Mental hospitals Bombay report 1921-28 - 1921-1928
Year: 1921
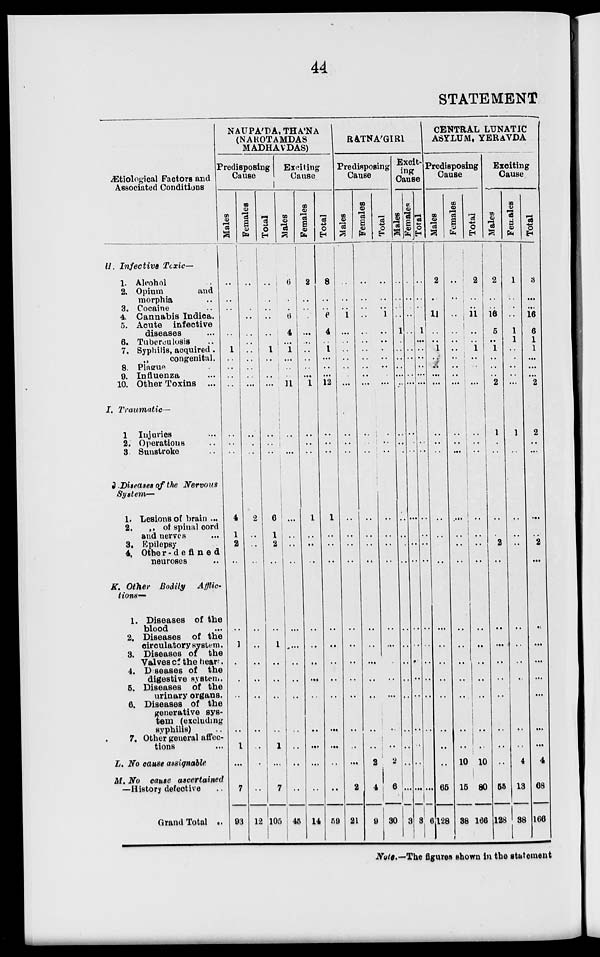
44
STATEMENT
Ætiological Factors and
Associated Conditions
H. Infective Toxic—
1. Alcohol ..
2. Opium
and
morphia ..
3. Cocaine ..
4. Cannabis Indica.
5. Acute infective
diseases ..
6. Tuberculosis ..
7. Syphilis, acquired.
„
congenital.
8. Plague ..
9. Influenza ..
10. Other Toxins ..
I. Traumatic—
1. Injuries ..
2. Operations ..
3. Sunstroke ..
J .Diseases of the Nervous
System—
1. Lesions of brain ..
2. „ of spinal cord
and nerves ..
3. Epilepsy ..
4. Other-defined
neuroses ..
K. Other Bodily
Afflic-
tions—
1. Diseases of the
blood ..
2. Diseases of the
circulatory system.
3. Diseases of the
Valves of the hear.
4. Diseases of the
digestive system.
5. Diseases of the
urinary organs.
6. Diseases of the
generative sys-
tem (excluding
syphilis) ..
7. Other general affec-
tions ..
L. No cause assignable
M. No cause ascertained
—History defective ..
Grand Total ..
NAUPA'DA, THA'NA
(NAROTAMDAS
MADHAVDAS)
Predisposing
Cause
Males
..
..
..
..
..
..
1
..
..
..
..
..
..
..
..
4
1
2
..
..
1
..
..
..
..
1
..
7
93
Females
..
..
..
..
..
..
..
..
..
..
..
..
..
..
..
2
..
..
..
..
..
..
..
..
..
..
..
..
12
Total
..
..
..
..
..
..
1
..
..
..
..
..
..
..
..
6
1
2
..
..
1
..
..
..
..
1
..
7
105
Exciting
Cause
Males
6
..
..
6
4
..
1
..
..
..
11
..
..
..
..
..
..
..
..
..
..
..
..
..
..
..
..
..
45
Females
2
..
..
..
..
..
..
..
..
..
1
..
..
..
..
1
..
..
..
..
..
..
..
..
..
..
..
..
14
Total
..
8
..
..
6
4
..
1
..
..
..
12
..
..
..
..
1
..
..
..
..
..
..
..
..
..
..
..
..
59
RATNA'GIRI
Predisposing
Cause
Males
..
..
..
..
1
..
..
..
..
..
..
..
..
..
..
..
..
..
..
..
..
..
..
..
..
..
..
..
2
21
Females
..
..
..
..
..
..
..
..
..
..
..
..
..
..
..
..
..
..
..
..
..
..
..
..
..
..
..
2
4
9
Total
..
..
..
..
1
..
..
..
..
..
..
..
..
..
..
..
..
..
..
..
..
..
..
..
..
..
..
2
6
30
Excit-
ing
Cause
Males
..
..
..
..
..
1
..
..
..
..
..
..
..
..
..
..
..
..
..
..
..
..
..
..
..
..
..
..
..
3
Females
..
..
..
..
..
..
..
..
..
..
..
..
..
..
..
..
..
..
..
..
..
..
..
..
..
..
..
..
..
3
Total
..
..
..
..
..
1
..
..
..
..
..
..
..
..
..
..
..
..
..
..
..
..
..
..
..
..
..
..
..
6
CENTRAL LUNATIC
ASYLUM, YERAVDA
Predisposing
Cause
Males
..
2
..
..
11
..
..
1
..
..
..
..
..
..
..
..
..
..
..
..
..
..
..
..
..
..
..
..
65
128
Females
..
..
..
..
..
..
..
..
..
..
..
..
..
..
..
..
..
..
..
..
..
..
..
..
..
..
..
10
15
38
Total
..
2
..
..
11
..
..
1
..
..
..
..
..
..
..
..
..
..
..
..
..
..
..
..
..
..
..
10
80
166
Exciting
Cause
Males
..
2
..
..
16
5
..
1
..
..
..
2
..
1
..
..
..
..
..
2
..
..
..
..
..
..
..
..
..
55
128
Females
..
1
..
..
..
1
1
..
..
..
..
..
..
1
..
..
..
..
..
..
..
..
..
..
..
..
..
..
4
13
38
Total
..
3
..
...
16
6
1
1
..
..
..
2
..
2
..
..
..
..
..
2
..
..
..
..
..
..
..
..
4
68
166
Note.—The figures shown in the statement